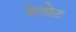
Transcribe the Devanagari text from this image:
मेगोट